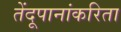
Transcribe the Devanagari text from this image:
तेंदूपानांकरिता